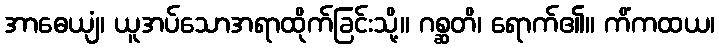
အာဓေယျံ၊ ယူအပ်သောအရာထိုက်ခြင်းသို့။ ဂစ္ဆတိ၊ ရောက်၏။ ကိံကထယ၊